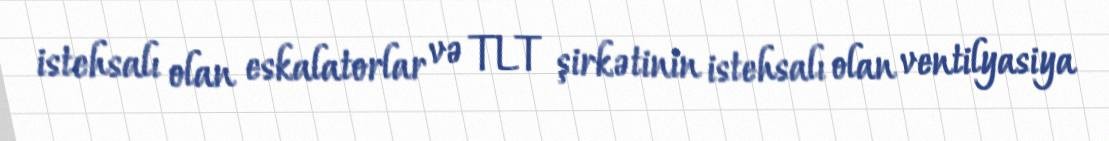
istehsalı olan eskalatorlar və TLT şirkətinin istehsalı olan ventilyasiya